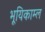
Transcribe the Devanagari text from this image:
भूयिकाम्ल